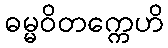
ဓမ္မဝိတက္ကေဟိ